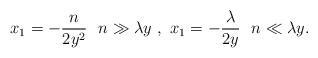
LaTeX: \begin{align*}x_1 =-\frac{n}{2y^2}~~n\gg \lambda y~,~x_1 =-\frac{\lambda}{2y}~~n\ll \lambda y.\end{align*}